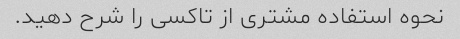
نحوه استفاده مشتری از تاکسی را شرح دهید.